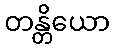
တန္တိယော